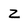
Character: Z